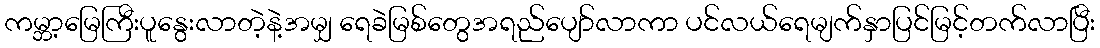
ကမ္ဘာ့မြေကြီးပူနွေးလာတဲ့နဲ့အမျှ ရေခဲမြစ်တွေအရည်ပျော်လာကာ ပင်လယ်ရေမျက်နှာပြင်မြင့်တက်လာပြီး